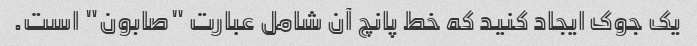
یک جوک ایجاد کنید که خط پانچ آن شامل عبارت "صابون" است.